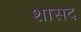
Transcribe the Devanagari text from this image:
शासद